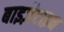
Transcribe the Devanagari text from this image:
बाइज़ैटाइन